Annual report on the working of the lock hospitals in the North-Western Provinces and Oudh
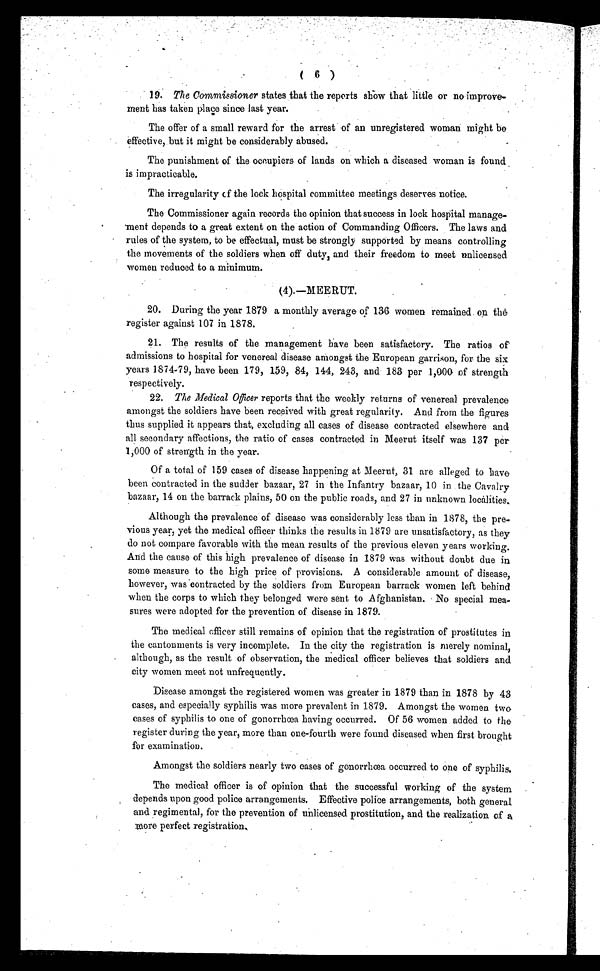
( 6 )
19, The Commissioner states that the reports show that little or no improve
ment has taken place since last year.
The offer of a small reward for the arrest of an unregistered woman might be
effective, but it might be considerably abused.
The punishment of the occupiers of lands on which a diseased woman is found
is impracticable.
The irregularity cf the lock hospital committee meetings deserves notice.
The Commissioner again records the opinion that success in lock hospital manage
ment depends to a great extent on the action of Commanding Officers. The laws and
rules of the system, to be effectual, must be strongly supported by means controlling
the movements of the soldiers when off duty, and their freedom to meet unlicensed
women reduced to a minimum.
(4).—MEERUT.
20. During the year 1879 a monthly average of 136 women remained on the
register against 107 in 1878.
21.
The results of the management have been satisfactory. The ratios of
admissions to hospital for venereal disease amongst the European garrison, for the six
years 1874-79, have been 179, 159, 84, 144, 243, and 183 per 1,000 of strength
respectively.
22. The Medical Officer reports that the weekly returns of venereal prevalence
amongst the soldiers have been received with great regularity. And from the figures
thus supplied it appears that, excluding all cases of disease contracted elsewhere and
all secondary affections, the ratio of cases contracted in Meerut itself was 137 per
1,000 of strength in the year.
Of a total of 159 cases of disease happening at Meerut, 31 are alleged to have
been contracted in the sudder bazaar, 27 in the Infantry bazaar, 10 in the Cavalry
bazaar, 14 on the barrack plains, 50 on the public roads, and 27 in unknown localities.
Although the prevalence of disease was considerably less than in 1878, the pre
vious year, yet the medical officer thinks the results in 1879 are unsatisfactory, as they
do not compare favorable with the mean results of the previous eleven years working.
And the cause of this high prevalence of disease in 1879 was without doubt due in
some measure to the high price of provisions. A considerable amount of disease,
however, was contracted by the soldiers from European barrack women left behind
when the corps to which they belonged were sent to Afghanistan. No special mea
sures were adopted for the prevention of disease in 1879.
T h e m e d i c a l o f f i c e r s t i l l r e m a i n s o f o p i n i o n t h a t t h e r e g i s t r a t i o n o f p r o s t i t u t e s i n
the cantonments is very incomplete. In the city the registration is merely nominal,
although, as the result of observation, the medical officer believes that soldiers and
city women meet not unfrequently.
Disease amongst the registered women was greater in 1879 than in 1878 by 43
cases, and especially syphilis was more prevalent in 1879. Amongst the women two
c a s e s o f s y p h i l i s t o o n e o f g o n o r r h œ a h a v i n g o c c u r r e d . O f 5 6 w o m e n a d d e d t o t h e
register during the year, more than one-fourth were found diseased when first brought
for examination.
Amongst the soldiers nearly two eases of gonorrhœa occurred to one of syphilis.
The medical officer is of opinion that the successful working of the system
depends upon good police arrangements. Effective police arrangements, both general
and regimental, for the prevention of unlicensed prostitution, and the realization of a
m o r e p e r f e c t r e g i s t r a t i o n .